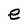
Character: e